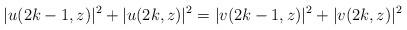
LaTeX: \begin{align*} |u(2k-1,z)|^2 + |u(2k,z)|^2=|v(2k-1,z)|^2 + |v(2k,z)|^2\end{align*}